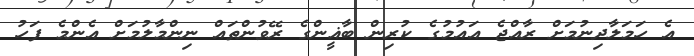
އެ ހަމަލާދިނުމަށް ރާއްޖެ އައުމުގެ ކުރިން ބާޣީންގެ ރޭވުންތައް ނިންމާލުމަށް އެންމެ ފަހު